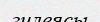
гилеясы